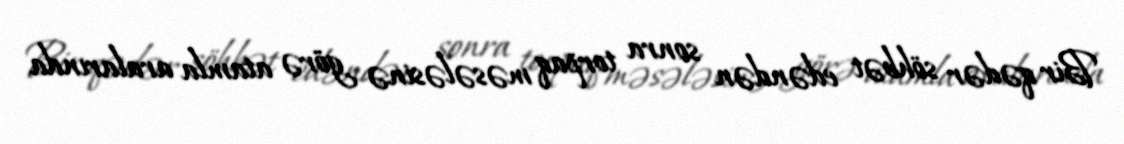
Bir qədər söhbət edəndən sonra torpaq məsələsinə görə atamla aralarında